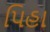
પિહા